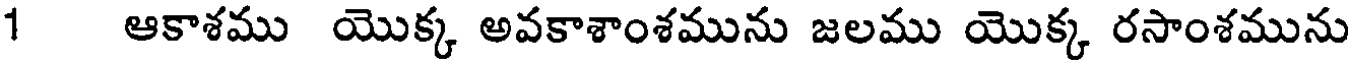
1 ఆకాశము యొక్క అవకాశాంశమును జలము యొక్క రసాంశమును